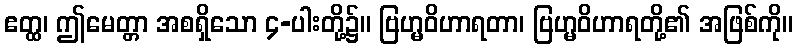
ဧတ္ထ၊ ဤမေတ္တာ အစရှိသော ၄-ပါးတို့၌။ ဗြဟ္မဝိဟာရတာ၊ ဗြဟ္မဝိဟာရတို့၏ အဖြစ်ကို။